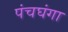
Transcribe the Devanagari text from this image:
पंचघंगा